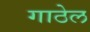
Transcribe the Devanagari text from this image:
गाठेल